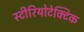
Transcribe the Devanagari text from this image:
स्टीरियोटेक्टिक